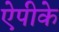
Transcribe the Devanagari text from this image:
ऐपीके